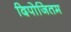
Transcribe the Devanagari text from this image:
दिपोजितम